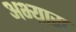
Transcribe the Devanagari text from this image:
अभ्य़ास